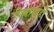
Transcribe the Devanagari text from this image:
पिल्लांनाही